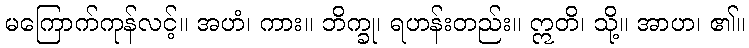
မကြောက်ကုန်လင့်။ အဟံ၊ ကား။ ဘိက္ခု၊ ရဟန်းတည်း။ ဣတိ၊ သို့။ အာဟ၊ ၏။